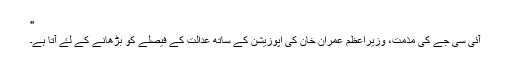
"
آئی سی جے کی مذمت، وزیراعظم عمران خان کی اپوزیشن کے ساتھ عدالت کے فیصلے کو بڑھانے کے لۓ آتا ہے۔